Annual administration report of the Bombay Presidency - 1887-1892
Year: 1887
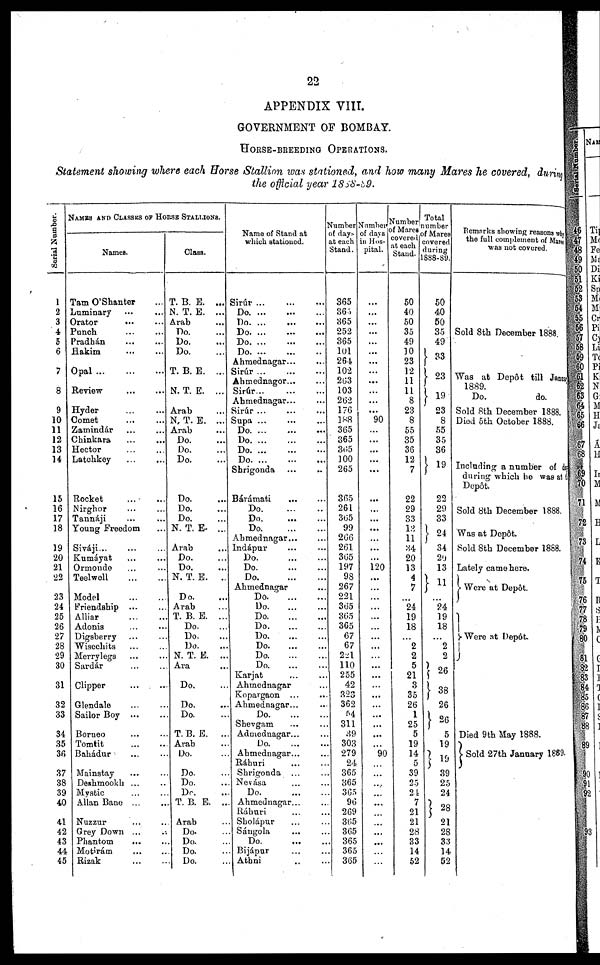
22
APPENDIX VIII.
GOVERNMENT OF BOMBAY.
HORSE-BREEDING OPERATIONS.
Statement showing where each Horse Stallion was stationed, and how many Mares he covered, during
the official year 1888-89.
Serial Number.
1
2
3
4
5
6
7
8
9
10
11
12
13
14
15
16
17
18
19
20
21
22
23
24
25
26
27
28
29
30
31
32
33
34
35
36
37
38
39
40
41
42
43
44
45
NAMES AND CLASSES OF HORSE STALLIONS.
Names.
Tam O'Shanter ...
Luminary ... ...
Orator ... ...
Punch ... ...
Pradhán ... ...
Hakim ... ...
Opal
...
...
...
Review
...
...
Hyder ... ...
Comet ... ...
Zamindár ... ...
Chinkara
...
...
Hector ... ...
Latchkey ... ...
Rocket ... ...
Nirghor ... ...
Tannáji ... ...
Young Freedom ...
Siváji... ... ...
Kumáyat ... ...
Ormondo ... ...
Teelwell
...
...
Model ... ...
Friendship
...
...
Alliar
...
...
Adonis ... ...
Digsberry ... ...
Wisechits ... ...
Merrylegs ... ...
Sardár
...
...
Clipper
...
...
Glendale ... ...
Sailor Boy
...
...
Borneo ... ...
Tomtit
...
...
Bahádur ... ...
Mainstay ... ...
Deshmookh ... ...
Mystic
...
...
Allan Bane ... ...
Nuzzur ... ...
Grey Down ... ...
Phantom
... ...
Motirám ... ...
Rizak
...
...
Class.
T. B. E.
...
N. T. E.
...
Arab ...
Do. ...
Do. ...
Do. ...
T. B. E.
...
N. T. E.
...
Arab ...
N. T. E. ...
Arab ...
Do. ...
Do. ...
Do. ...
Do. ...
Do. ...
Do. ...
N. T. E. ...
Arab ...
Do. ...
Do. ...
N. T. E.
..
Do. ...
Arab ...
T. B. E.
...
Do. ...
Do. ...
Do. ...
N. T. E.
...
Ara ...
Do. ...
Do. ...
Do. ...
T.B. E.
...
Arab ...
Do. ...
Do. ...
Do. ...
Do. ...
T. B. E. ...
Arab ...
Do. ...
Do. ...
Do. ...
Do. ...
Name of Stand at
which stationed.
Sirúr ... ... ...
Do.
...
...
...
Do.
...
...
...
Do.
...
...
...
Do.
...
...
...
Do.
...
...
...
Ahmednagar... ...
Sirúr ...
...
...
Ahmednager... ...
Sirúr...
...
...
Ahmednagar...
...
Sirúr ... ... ...
Supa ... ... ...
Do.
...
...
...
Do.
...
...
...
Do.
...
...
...
Do.
...
...
...
Shrigonda ... ..
Bárámati ... ...
Do.
...
...
...
Do.
...
...
...
Do.
...
...
...
Ahmednagar... ...
Indápur ... ...
Do.
...
...
...
Do.
...
...
...
Do.
...
...
...
Ahmednagar ...
Do.
...
...
...
Do.
...
...
...
Do.
...
...
...
Do.
...
...
...
Do.
...
...
...
Do.
...
...
...
Do.
...
...
...
Do.
...
...
...
Karjat ... ...
Ahmednagar ...
Kopargaon ... ...
Ahmednagar... ...
Do.
...
...
...
Shevgam ... ...
Admednagar... ...
Do.
...
...
...
Ahmednagar... ...
Ráhuri ... ...
Shrigonda ... ...
Nevása ... ...
Do.
...
...
...
Ahmednagar... ...
Ráhuri ... ...
Sholápur ... ...
Sángola ... ...
Do.
...
...
Bijápur ... ...
Athni ... ...
Number
of days
at each
Stand.
365
365
365
252
365
101
264
102
263
103
262
176
188
365
365
365
100
265
365
261
365
99
266
261
365
197
98
267
221
365
365
365
67
67
221
110
255
42
323
362
54
311
39
303
279
24
365
365
365
96
269
365
365
365
365
365
Number
of days
in Hos-
pital.
...
...
...
...
...
...
...
...
...
...
...
90
...
...
...
...
...
...
...
...
...
...
...
120
...
...
...
...
...
...
...
...
...
...
...
... ...
...
...
...
...
...
90
...
...
...
...
...
...
...
...
...
...
...
Number
of Mares
covered
at each
Stand.
50
40
50
35
49
10
23
12
11
11
8
23
8
55
35
36
12
7
22
29
33
13
11
34
20
13
4
7
...
24
19
18
...
2
2
5
21
3
35
26
1
25
5
19
14
5
39
25
24
7
21
21
28
33
14
52
Total
number
of Mares
covered
during
1888-89.
50
40
50
35
49
33
23
19
23
8
55
35
36
19
22
29
33
24
34
29
13
11
24
19
18
...
2
2
26
38
26
26
5
19
19
39
25
24
28
21
28
33
14
52
Remarks showing reasons why
the full complement of Mares
was not covered.
Sold 8th December 1888.
Was at Depôt till January
1889.
DO.
do.
Sold 8th December 1888.
Died 5th October 1888.
Including a number of d
during which ho was at
Depôt.
Sold 8tb December 1888.
Was at Dwpôt.
Sold 8th December 1888.
Lately came here.
Were at Depôt.
Were at Depôt.
Died 9th May 1888.
Sold 27th January 1889.